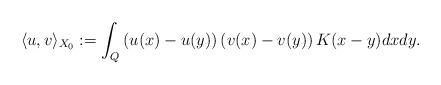
LaTeX: \begin{align*}\langle u,v\rangle_{X_0}:=\int_Q \left(u(x)-u(y)\right) \left(v(x)-v(y)\right) K(x-y)dxdy.\end{align*}